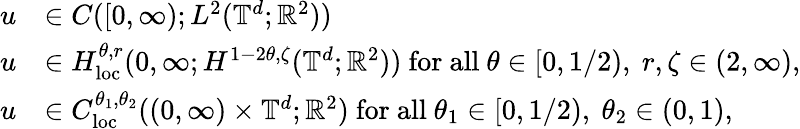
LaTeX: \begin{array}{rl}{u}&{\in C([0,\infty);L^{2}(\mathbb{T}^{d};{\mathbb R}^{2}))}\\ {u}&{\in H_{\mathrm{loc}}^{\theta,r}(0,\infty;H^{1-2\theta,\zeta}(\mathbb{T}^{d};{\mathbb R}^{2}))\ \mathrm{for~all~}\theta\in[0,1/2),\ r,\zeta\in(2,\infty),}\\ {u}&{\in C_{\mathrm{loc}}^{\theta_{1},\theta_{2}}((0,\infty)\times\mathbb{T}^{d};{\mathbb R}^{2})\ \mathrm{for~all~}\theta_{1}\in[0,1/2),\ \theta_{2}\in(0,1),}\end{array}